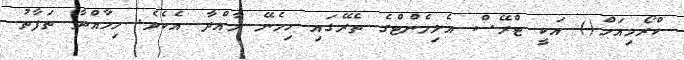
ކްރޯމިއަމް() އަކީ ޓްރޭސް އެލިމެންޓްގެ ތެރޭގައި ހިމެނޭ މާއްދާ އެކެވެ. މިމާއްދާ ތަފާތު